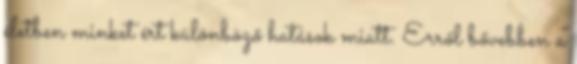
életben minket ért különböző hatások miatt. Erről bővebben a